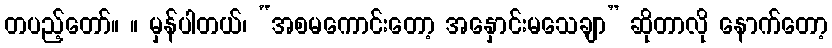
တပည့်တော်။ ။ မှန်ပါတယ်၊ “အစမကောင်းတော့ အနှောင်းမသေချာ” ဆိုတာလို နောက်တော့